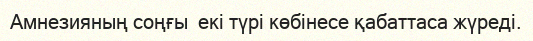
Амнезияның соңғы  екі түрі көбінесе қабаттаса жүреді.